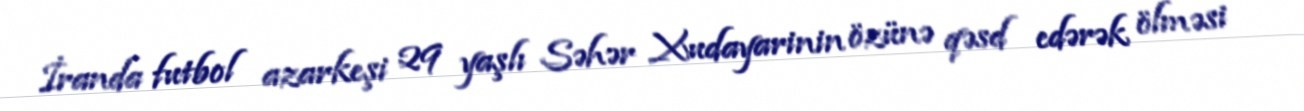
İranda futbol azarkeşi 29 yaşlı Səhər Xudayarinin özünə qəsd edərək ölməsi